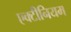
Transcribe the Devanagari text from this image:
एक्टीनियम